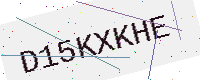
Text: D15KXKHE